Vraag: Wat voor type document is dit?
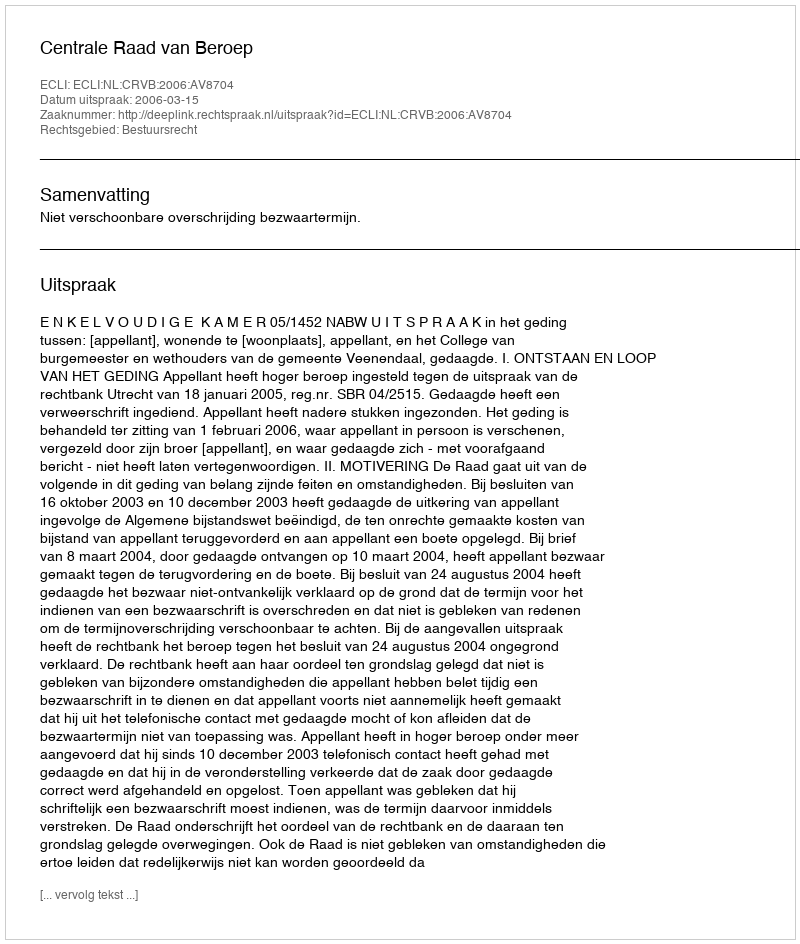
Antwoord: Uitspraak